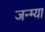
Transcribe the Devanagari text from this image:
जन्म्या